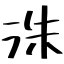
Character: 洙